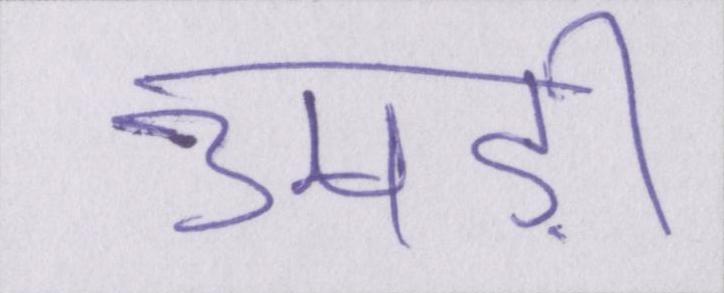
उमड़ी